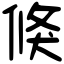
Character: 倏